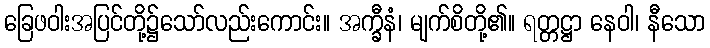
ခြေဖဝါးအပြင်တို့၌သော်လည်းကောင်း။ အက္ခီနံ၊ မျက်စိတို့၏။ ရတ္တဋ္ဌာ နေဝါ၊ နီသော